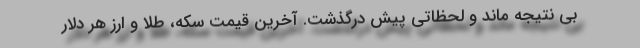
بی نتیجه ماند و لحظاتی پیش درگذشت. آخرین قیمت سکه، طلا و ارز هر دلار